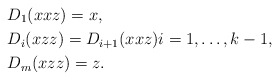
\begin{align*} & D_1(xxz) = x, \\ & D_i(xzz) = D_{i+1}(xxz) i=1,\dots,k-1, \\ & D_m(xzz) = z.\end{align*}